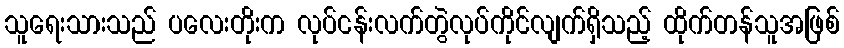
သူရေးသားသည် ပလေးတိုးက လုပ်ငန်းလက်တွဲလုပ်ကိုင်လျက်ရှိသည့် ထိုက်တန်သူအဖြစ်